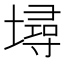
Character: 𡑎